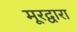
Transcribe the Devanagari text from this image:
मूरद्वारा